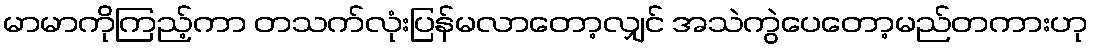
မာမာကိုကြည့်ကာ တသက်လုံးပြန်မလာတော့လျှင် အသဲကွဲပေတော့မည်တကားဟု